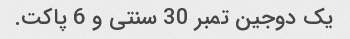
یک دوجین تمبر 30 سنتی و 6 پاکت.